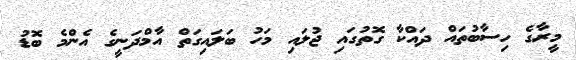
މީރާގެ ހިސާބުތައް ދައްކާ ގޮތުގައި ޖުލައި މަހު ބަލައިގަތް އާމްދަނީގެ އެންމެ ބޮޑު